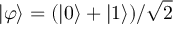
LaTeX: | \varphi \rangle = ( | 0 \rangle + | 1 \rangle ) / { \sqrt { 2 } }